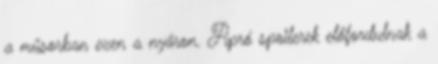
a műsorban ezen a nyáron. Apró spoilerek előfordulnak a